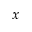
x